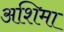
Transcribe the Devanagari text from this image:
अशिमा